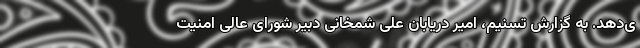
ی‌دهد. به گزارش تسنیم، امیر دریابان علی شمخانی دبیر شورای عالی امنیت